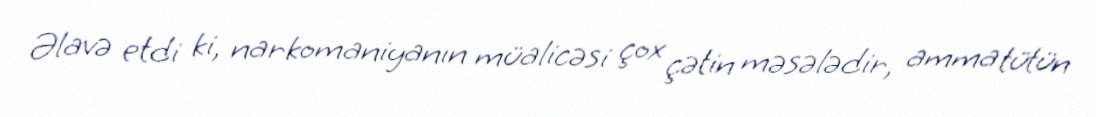
Əlavə etdi ki, narkomaniyanın müalicəsi çox çətin məsələdir, amma tütün